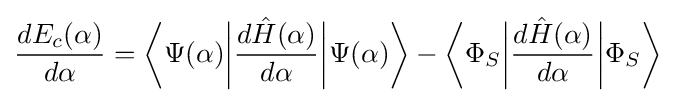
{\frac {dE_{c}(\alpha )}{d\alpha }}={\bigg \langle }\Psi (\alpha ){\bigg |}{\frac {d{\hat {H}}(\alpha )}{d\alpha }}{\bigg |}\Psi (\alpha ){\bigg \rangle }-{\bigg \langle }\Phi _{S}{\bigg |}{\frac {d{\hat {H}}(\alpha )}{d\alpha }}{\bigg |}\Phi _{S}{\bigg \rangle }